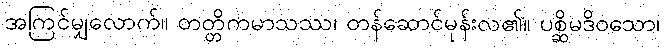
အကြင်မျှလောက်။ တတ္တိကမာသဿ၊ တန်ဆောင်မုန်းလ၏။ ပစ္ဆိမဒိဝသော၊